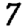
Digit: 7